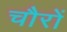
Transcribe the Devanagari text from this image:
चौरों